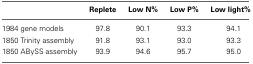
<table><thead><tr><td></td><td><b>Replete</b></td><td><b>Low N%</b></td><td><b>Low P%</b></td><td><b>Low light%</b></td></tr></thead><tbody><tr><td>1984 gene models</td><td>97.8</td><td>90.1</td><td>93.3</td><td>94.1</td></tr><tr><td>1850 Trinity assembly</td><td>91.8</td><td>93.1</td><td>93.0</td><td>93.3</td></tr><tr><td>1850 ABySS assembly</td><td>93.9</td><td>94.6</td><td>95.7</td><td>95.0</td></tr></tbody></table>